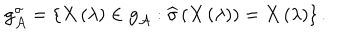
{ \bf g } _ { { \cal A } } ^ { \sigma } = \left\{ X \left( \lambda \right) \in { \bf g } _ { { \cal A } } : \widehat { \sigma } \left( X \left( \lambda \right) \right) = X \left( \lambda \right) \right\} .